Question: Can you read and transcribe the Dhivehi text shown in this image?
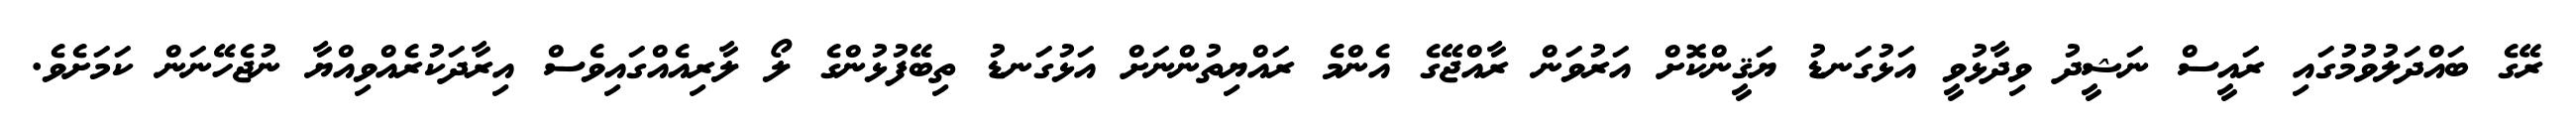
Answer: ރޭގެ ބައްދަލުވުމުގައި ރައީސް ނަޝީދު ވިދާޅުވީ އަޅުގަނޑު ޔަޤީންކޮށް އަރުވަން ރާއްޖޭގެ އެންމެ ރައްޔިތުންނަށް އަޅުގަނޑު ތިބޭފުޅުންގެ ލޯ ލާރިއެއްގައިވެސް އިރާދަކުރެއްވިއްޔާ ނުޖެހޭނަން ކަމަށެވެ.